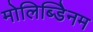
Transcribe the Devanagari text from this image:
मोलिब्डेिनम